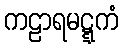
ကဠာရမဋ္ဋကံ